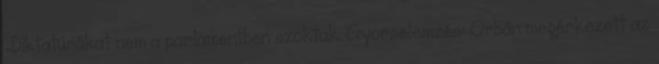
„Diktatúrákat nem a parlamentben szoktak. Gyorselemzés: Orbán megérkezett az